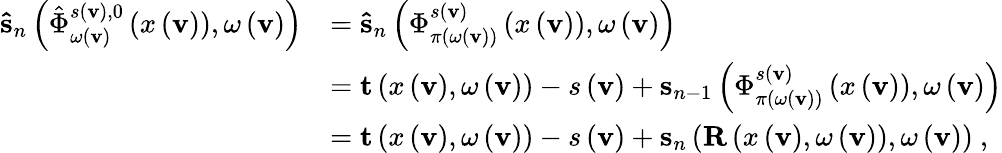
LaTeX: \begin{array}{rl}{\mathbf{\hat{s}}_{n}\left(\hat{\Phi}_{\omega\left(\mathbf{v}\right)}^{s\left(\mathbf{v}\right),0}\left(x\left(\mathbf{v}\right)\right),\omega\left(\mathbf{v}\right)\right)}&{=\mathbf{\hat{s}}_{n}\left(\Phi_{\pi\left(\omega\left(\mathbf{v}\right)\right)}^{s\left(\mathbf{v}\right)}\left(x\left(\mathbf{v}\right)\right),\omega\left(\mathbf{v}\right)\right)}\\ &{=\mathbf{t}\left(x\left(\mathbf{v}\right),\omega\left(\mathbf{v}\right)\right)-s\left(\mathbf{v}\right)+\mathbf{s}_{n-1}\left(\Phi_{\pi\left(\omega\left(\mathbf{v}\right)\right)}^{s\left(\mathbf{v}\right)}\left(x\left(\mathbf{v}\right)\right),\omega\left(\mathbf{v}\right)\right)}\\ &{=\mathbf{t}\left(x\left(\mathbf{v}\right),\omega\left(\mathbf{v}\right)\right)-s\left(\mathbf{v}\right)+\mathbf{s}_{n}\left(\mathbf{R}\left(x\left(\mathbf{v}\right),\omega\left(\mathbf{v}\right)\right),\omega\left(\mathbf{v}\right)\right)\ ,}\end{array}